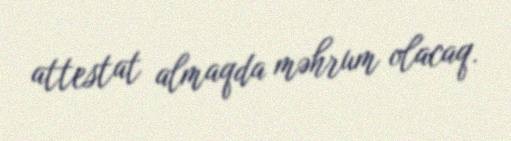
attestat almaqda məhrum olacaq.